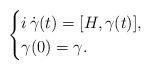
LaTeX: \begin{align*}\begin{cases}i\,\dot \gamma(t)=[H,\gamma(t)],\\\gamma(0)=\gamma.\end{cases}\end{align*}